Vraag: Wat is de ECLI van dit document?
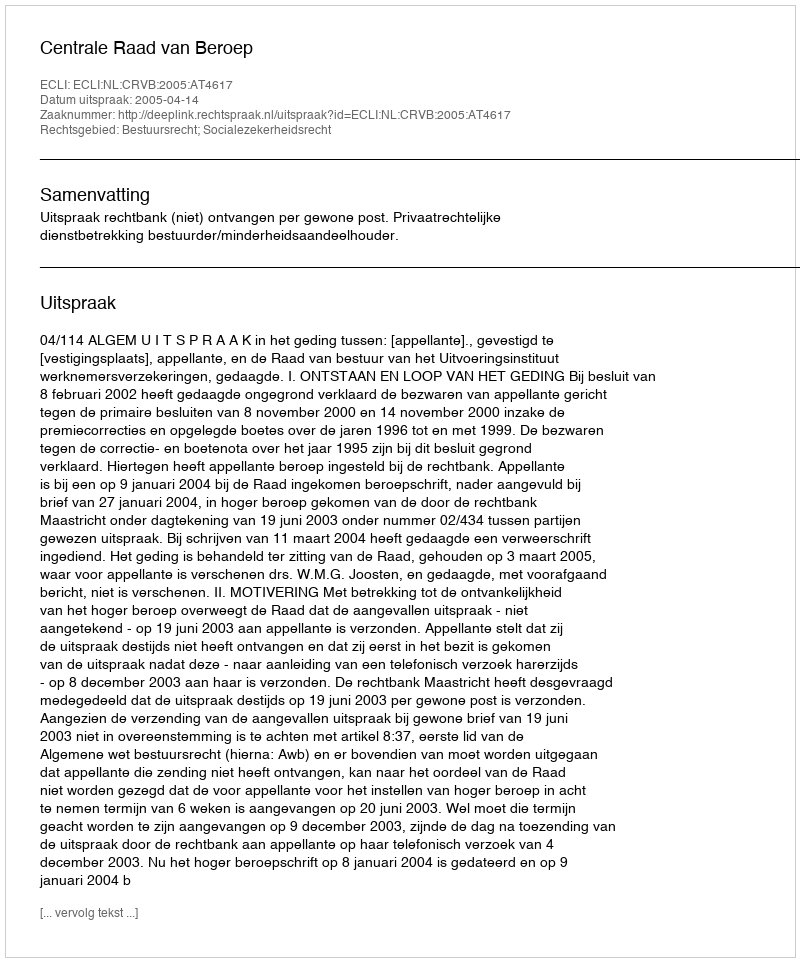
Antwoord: ECLI:NL:CRVB:2005:AT4617